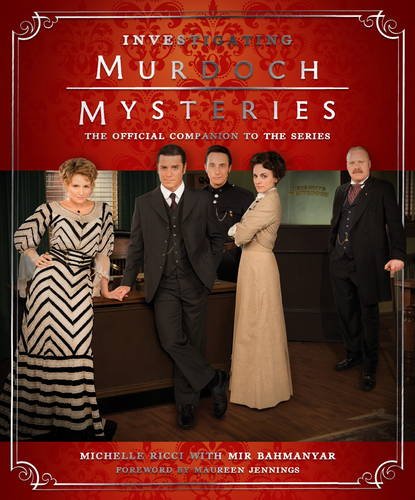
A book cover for Investigating Murdoch Mysteries; Michelle Ricci; Humor & Entertainment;